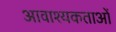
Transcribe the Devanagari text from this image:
आवाश्यकताओं